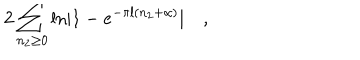
LaTeX: 2 \sum _ { n _ { 2 } \ge 0 } \mathrm { l n } | 1 - e ^ { - \pi l ( n _ { 2 } + \alpha ) } | \quad ,